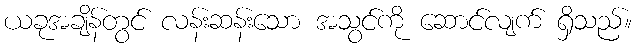
ယခုအချိန်တွင် လန်းဆန်းသော အသွင်ကို ဆောင်လျက် ရှိသည်။